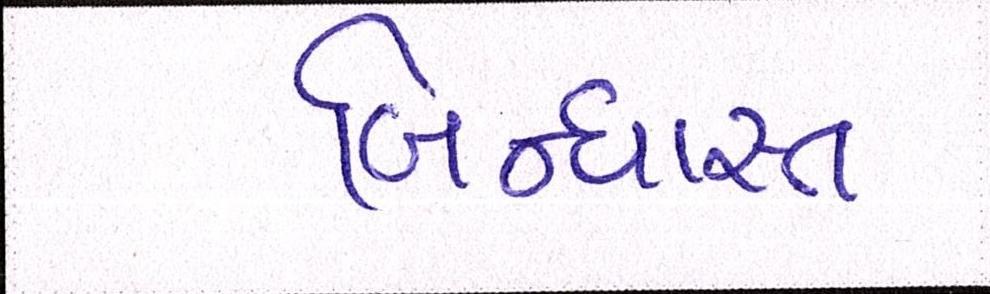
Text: બિન્ધાસ્ત